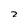
Character: 2